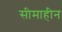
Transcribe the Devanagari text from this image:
सीमाहीन